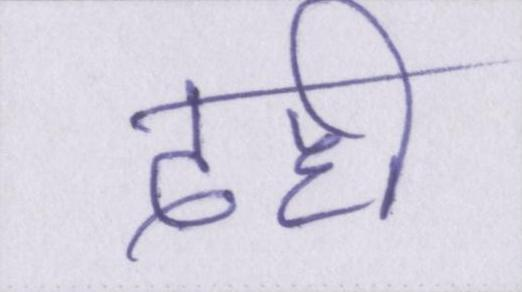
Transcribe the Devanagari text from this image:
दही